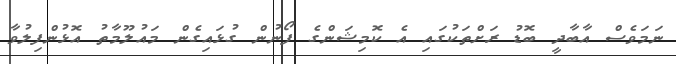
ނަމަވެސް އާބާދީ ބޮޑު ރަށްތަކުގައި އެ ކޮމިޝަންގެ ފޯނުން ގުޅައިގެން މައުލޫމާތު އޮޅުންފިލުވާ